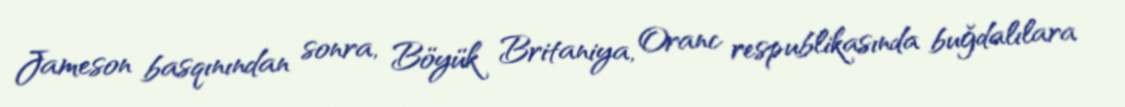
Jameson basqınından sonra, Böyük Britaniya, Oranc respublikasında buğdalılara